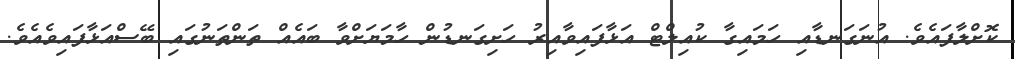
ކޮށްލާފައެވެ. އުނަގަނޑާއި ހަމައިގާ ކުއިލްޓް އަޅާފައިވާއިރު ހަށިގަނޑުން ހާމަޔަށްވާ ބައެއް ތަންތަނުގައި ބޭސްއަޅާފައިވެއެވެ.